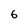
Character: 6